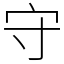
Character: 守